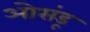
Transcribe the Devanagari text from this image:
ओसंडू